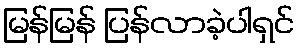
မြန်မြန် ပြန်လာခဲ့ပါရှင်